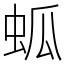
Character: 蛌